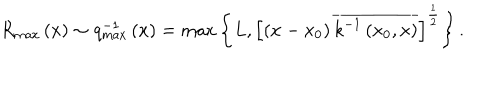
R _ { \max } \left( x \right) \sim q _ { \max } ^ { - 1 } \left( x \right) = \max \left\{ L , \left[ \left( x - x _ { 0 } \right) \overline { { { k ^ { - 1 } \left( x _ { 0 } , x \right) } } } \right] ^ { \frac 1 2 } \right\} .